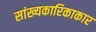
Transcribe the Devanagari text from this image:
सांख्यकारिकाकार